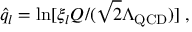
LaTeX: \hat { q } _ { l } = \ln [ \xi _ { l } Q / ( \sqrt { 2 } \Lambda _ { \mathrm { Q C D } } ) ] \; ,